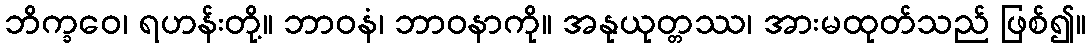
ဘိက္ခဝေ၊ ရဟန်းတို့။ ဘာဝနံ၊ ဘာဝနာကို။ အနုယုတ္တဿ၊ အားမထုတ်သည် ဖြစ်၍။